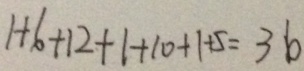
1 + 6 + 1 2 + 1 + 1 0 + 1 + 5 = 3 6